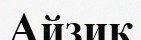
Айзик